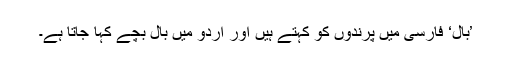
’بال‘ فارسی میں پرندوں کو کہتے ہیں اور اردو میں بال بچے کہا جاتا ہے۔